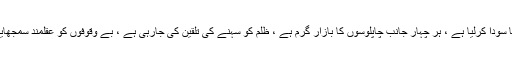
آج ہمارا مسئلہ یہی ہے کہ ہم میں جرات و بیباکی ختم ہوگئی ہے ، ہم نے ضمیر کا سودا کرلیا ہے ، ہر چہار جانب چاپلوسوں کا بازار گرم ہے ، ظلم کو سہنے کی تلقین کی جارہی ہے ، بے وقوفوں کو عقلمند سمجھایا جارہا ہے ، بادشاہوں کے درباروں میں سجدہ ریزی کو دین کا نام دیا جارہا ہے ۔